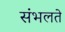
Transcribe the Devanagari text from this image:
संभलते